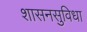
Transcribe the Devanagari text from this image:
शासनसुविधा